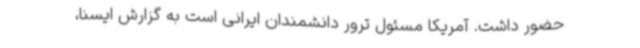
حضور داشت. آمریکا مسئول ترور دانشمندان ایرانی است به گزارش ایسنا،